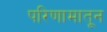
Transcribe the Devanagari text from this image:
परिणामातून